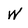
Character: w